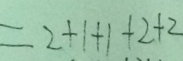
= 2 + 1 + 1 + 2 + 2